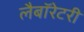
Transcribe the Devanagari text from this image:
लैबॉरेटरी